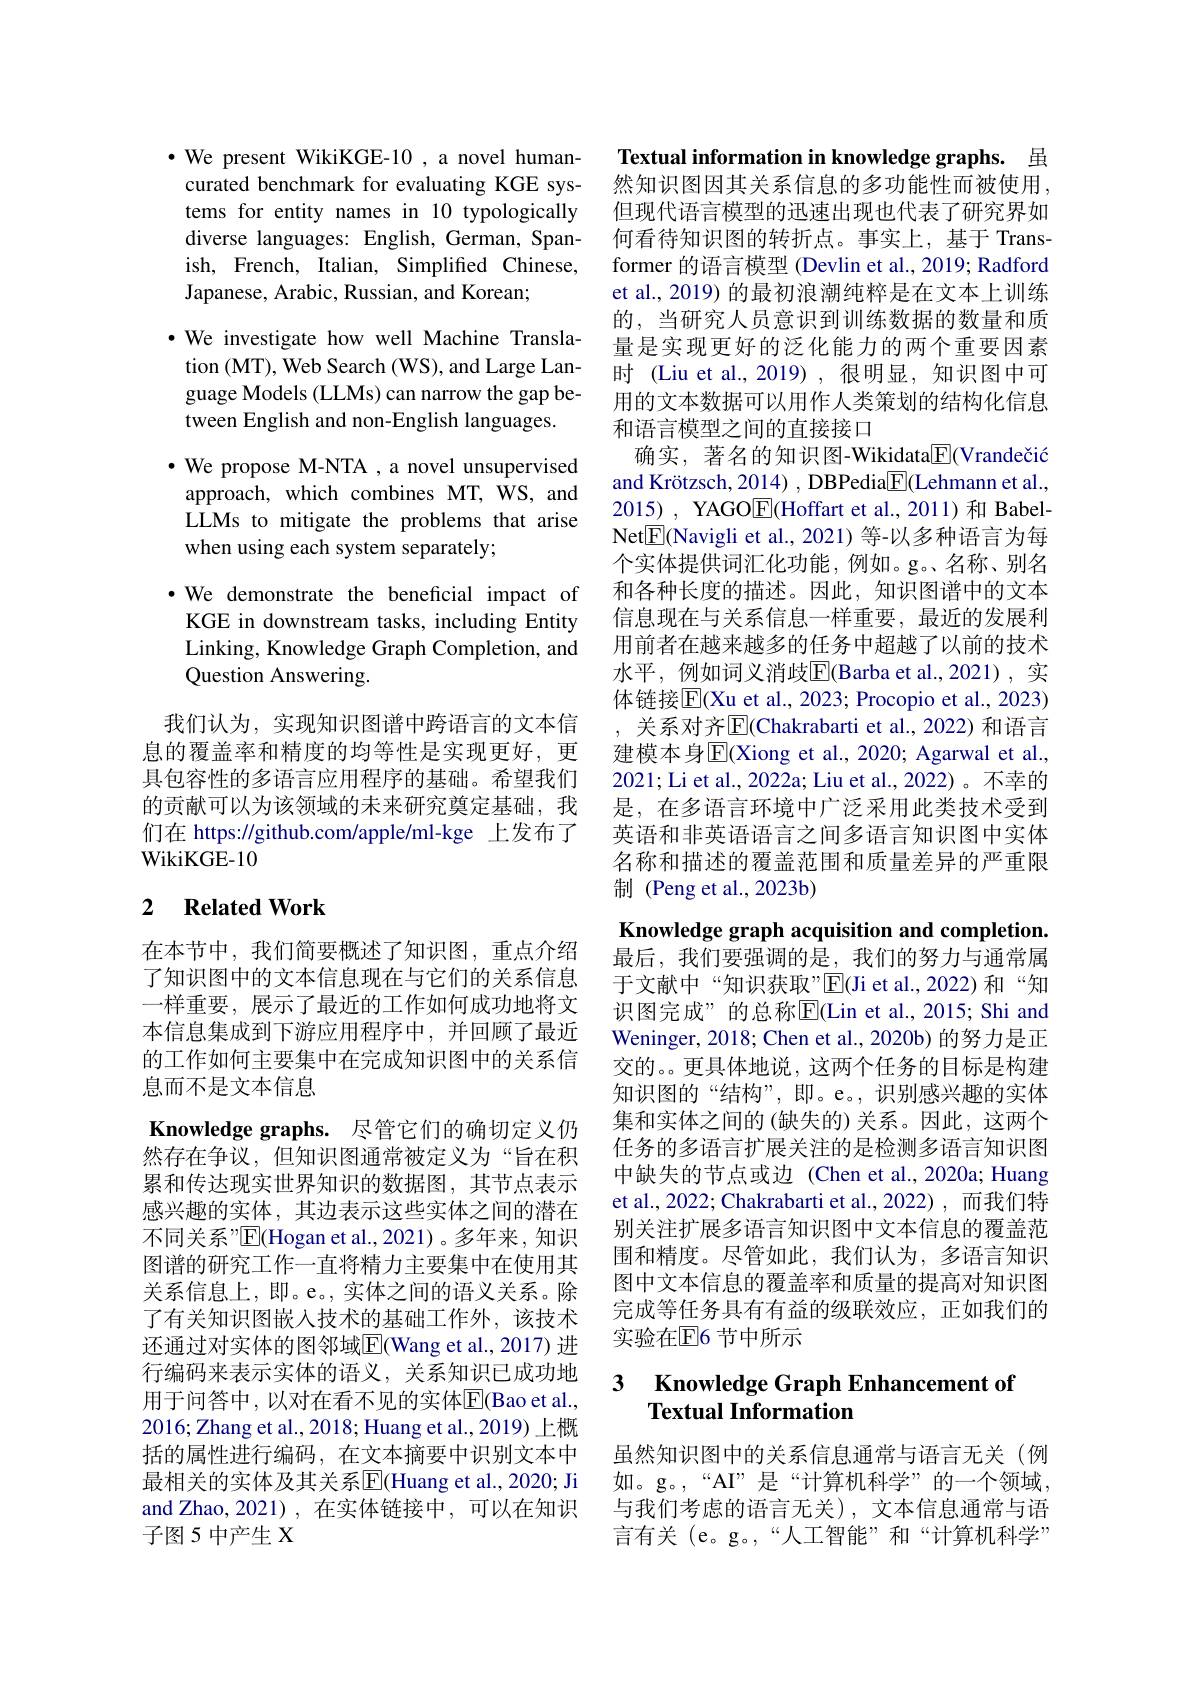
$\cdot$ We present WikiKGE-10,a novel humancurated benchmark for evaluating KGE systems for entity names in 10 typologically diverse languages: English, German, Spanish, French, Italian, Simplified Chinese, Japanese, Arabic, Russian, and Korean;

$\cdot$ We investigate how well Machine Translation (MT), Web Search (WS), and Large Language Models (LLMs) can narrow the gap between English and non-English languages.
$\cdot$ We propose M-NTA , a novel unsupervised approach, which combines MT, WS, and LLMs to mitigate the problems that arise when using each system separately;
·We demonstrate the beneficial impact of KGE in downstream tasks, including Entity Linking, Knowledge Graph Completion, and Question Answering.
我们认为，实现知识图谱中跨语言的文本信息的覆盖率和精度的均等性是实现更好，更具包容性的多语言应用程序的基础。希望我们的贡献可以为该领域的未来研究奠定基础，我们在 https://github.com/apple/ml-kge 上发布了WikiKGE-10

## 2 Related Work

在本节中，我们简要概述了知识图，重点介绍了知识图中的文本信息现在与它们的关系信息一样重要，展示了最近的工作如何成功地将文本信息集成到下游应用程序中，并回顾了最近的工作如何主要集中在完成知识图中的关系信息而不是文本信息

Knowledge graphs. 尽管它们的确切定义仍

然存在争议，但知识图通常被定义为“旨在积累和传达现实世界知识的数据图，其节点表示感兴趣的实体，其边表示这些实体之间的潜在不同关系”$\mathsf E|$Hogan et al.,2021)。多年来，知识图谱的研究工作一直将精力主要集中在使用其关系信息上，即。e。,实体之间的语义关系。除了有关知识图嵌入技术的基础工作外，该技术还通过对实体的图邻域$\overline{\mathrm{E}}($Wang et al., 2017) 进行编码来表示实体的语义，关系知识已成功地用于问答中，以对在看不见的实体$\overline{\mathrm{E}}($Bao et al., 2016;Zhang et al., 2018; Huang et al., 2019)上概括的属性进行编码，在文本摘要中识别文本中最相关的实体及其关系$\overline{\mathrm{E}}($Huang et al., 2020; Ji and Zhao, 2021), 在实体链接中，可以在知识子图 5 中产生 X

Textual information in knowledge graphs. 虽

然知识图因其关系信息的多功能性而被使用。但现代语言模型的迅速出现也代表了研究界如何看待知识图的转折点。事实上，基于 Transformer 的语言模型 (Devlin et al., 2019; Radford et al., 2019) 的最初浪潮纯粹是在文本上训练的，当研究人员意识到训练数据的数量和质量是实现更好的泛化能力的两个重要因素时 (Liu et al., 2019) , 很明显，知识图中可用的文本数据可以用作人类策划的结构化信息和语言模型之间的直接接口
确实，著名的知识图-Wikidata$\underline{\mathrm{F}}($Vrandečić and Krötzsch, 2014) , DBPedia$\boxed{\mathrm{F}}($Lehmann et al., 2015) , YAGO$\boxed{\mathrm{F}}($Hoffart et al.,2011)和 BabelNet$\boxed{\mathrm{F}}($Navigli et al., 2021) 等-以多种语言为每个实体提供词汇化功能，例如。g。名称、别名和各种长度的描述。因此，知识图谱中的文本信息现在与关系信息一样重要，最近的发展利用前者在越来越多的任务中超越了以前的技术水平，例如词义消歧$\overline{\mathrm{E}}($Barba et al.,2021), 实体链接$\overline{\mathbb{E}}$(Xu et al., 2023; Procopio et al., 2023) , 关系对齐$\overline{\mathrm{E}}($Chakrabarti et al., 2022) 和语言建模本身$\overline{\mathrm{E}}($Xiong et al., 2020; Agarwal et al., 2021; Li et al., 2022a; Liu et al., 2022) 。不幸的是，在多语言环境中广泛采用此类技术受到英语和非英语语言之间多语言知识图中实体名称和描述的覆盖范围和质量差异的严重限制 (Peng et al., 2023b)
Knowledge graph acquisition and completion. 最后，我们要强调的是，我们的努力与通常属于文献中“知识获取”$\overline{\mathrm{E}}($Ji et al.,2022)和“知识图完成”的总称$\overline{\mathrm{E}}($Lin et al.,2015; Shi and Weninger, 2018; Chen et al., 2020b) 的努力是正交的。更具体地说，这两个任务的目标是构建知识图的“结构”,即。e。,识别感兴趣的实体集和实体之间的 (缺失的) 关系。因此，这两个任务的多语言扩展关注的是检测多语言知识图中缺失的节点或边 (Chen et al.,2020a; Huang et al., 2022; Chakrabarti et al., 2022) , 而我们特别关注扩展多语言知识图中文本信息的覆盖范围和精度。尽管如此，我们认为，多语言知识图中文本信息的覆盖率和质量的提高对知识图完成等任务具有有益的级联效应，正如我们的实验在E6 节中所示

## 3 $\textbf{Knowledge Graph Enhancement of}$ Textual Information

虽然知识图中的关系信息通常与语言无关(例如。g。“AI”是“计算机科学”的一个领域与我们考虑的语言无关), 文本信息通常与语言有关 (e。g。,“人工智能”和“计算机科学”